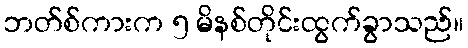
ဘတ်စ်ကားက ၅ မိနစ်တိုင်းထွက်ခွာသည်။